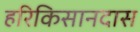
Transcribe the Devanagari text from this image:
हरिकिसानदास